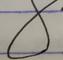
Signature authenticity: genuine